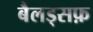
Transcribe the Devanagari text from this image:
बैलड्सफ़